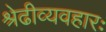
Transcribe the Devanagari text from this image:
श्रेढीव्यवहारः